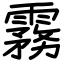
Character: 霧